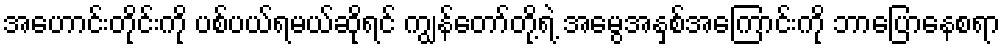
အဟောင်းတိုင်းကို ပစ်ပယ်ရမယ်ဆိုရင် ကျွန်တော်တို့ရဲ့ အမွေအနှစ်အကြောင်းကို ဘာပြောနေစရာ